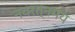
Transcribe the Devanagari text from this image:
नवरत्नमय